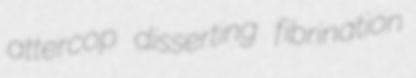
attercop disserting fibrination